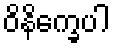
ဝိနိက္ခေပါ